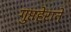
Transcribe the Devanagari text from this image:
गुप्तहेराने